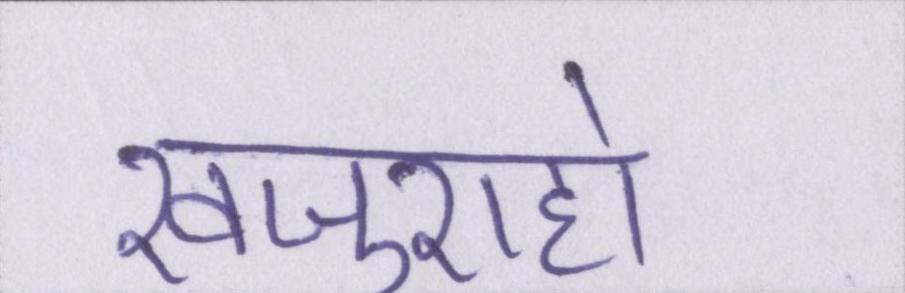
खजुराहो